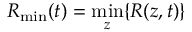
R _ { \mathrm { m i n } } ( t ) = \operatorname* { m i n } _ { z } \{ R ( z , t ) \}